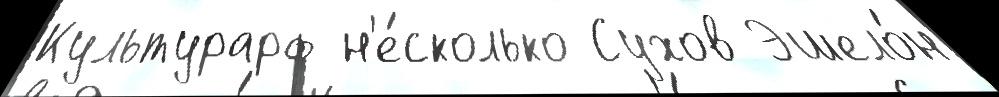
Культурарф н'е́сколько Сухов Эшело́н